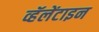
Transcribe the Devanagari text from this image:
व्हॅलेंटाइन